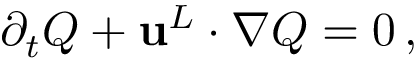
\begin{array} { r } { \partial _ { t } Q + { \mathbf { u } } ^ { L } \cdot \nabla Q = 0 \, , } \end{array}